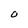
Character: O